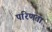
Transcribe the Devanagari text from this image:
परिणता